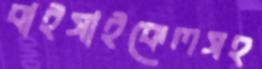
বাইসাইকেলসহ